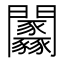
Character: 𨷼